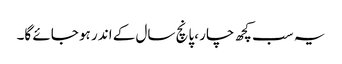
یہ سب کچھ چار ،پانچ سال کے اندر ہو جائے گا۔